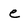
Character: e